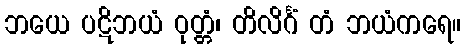
ဘယေ ပဋိဘယံ ဝုတ္တံ၊ တိလိင်္ဂံ တံ ဘယံကရေ။